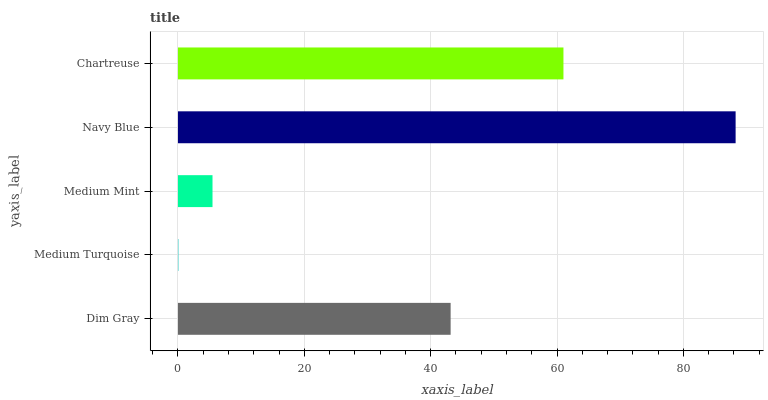
| yaxis_label | bars |
 | --- | --- |
 | Dim Gray | 43.2 |
 | Medium Turquoise | 0.0933 |
 | Medium Mint | 5.47 |
 | Navy Blue | 88.3 |
 | Chartreuse | 61 |